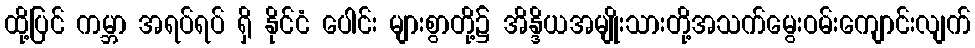
ထို့ပြင် ကမ္ဘာ အရပ်ရပ် ရှိ နိုင်ငံ ပေါင်း များစွာတို့၌ အိန္ဒိယအမျိုးသားတို့အသက်မွေးဝမ်းကျောင်းလျက်